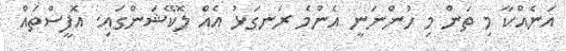
އަނެއްކާ މި ތަން މި ހުންނަނީ އެންމެ ރަނގަޅު އެއް ލޮކޭޝަންގައި. އޮފީސްތައް